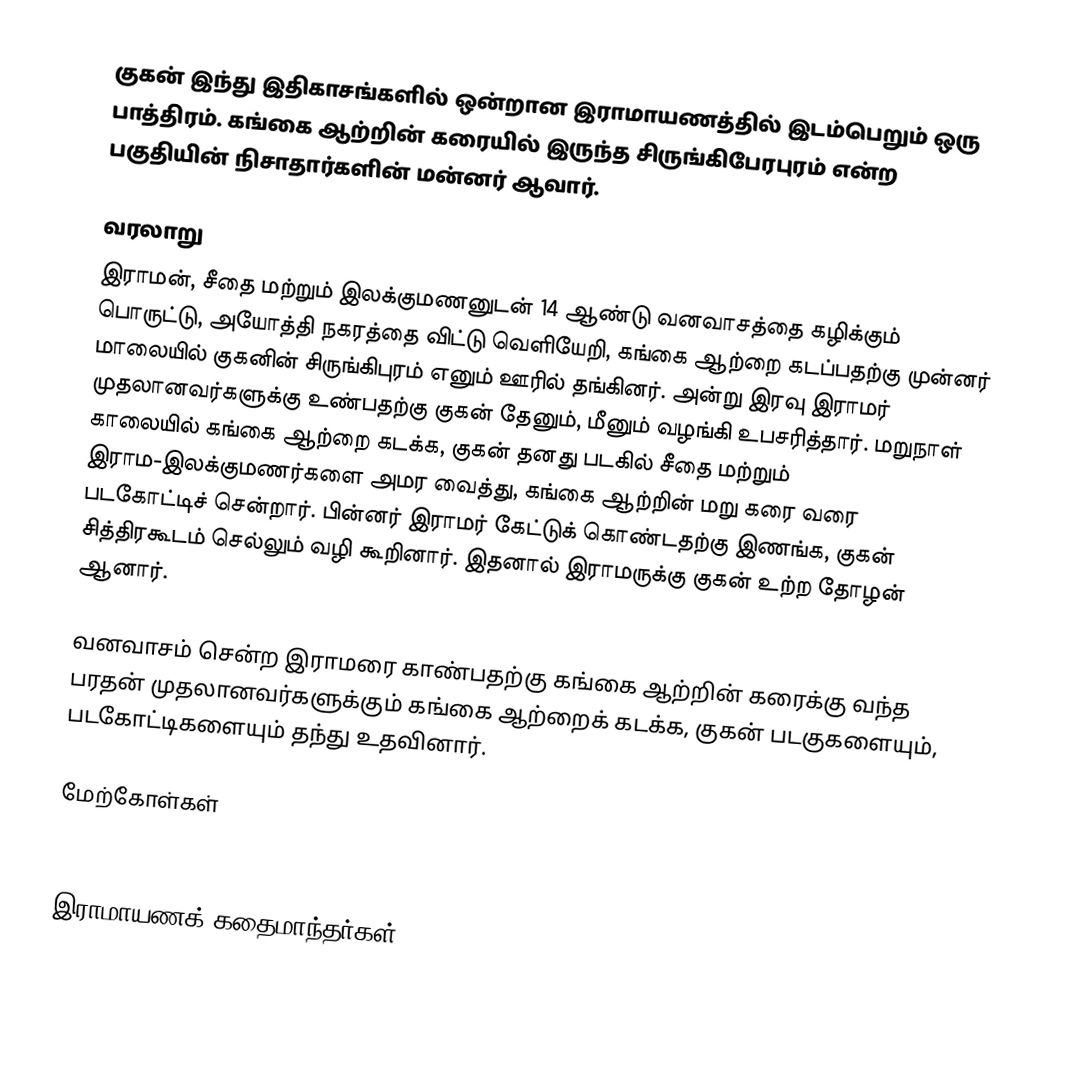
குகன் இந்து இதிகாசங்களில் ஒன்றான இராமாயணத்தில் இடம்பெறும் ஒரு பாத்திரம். கங்கை ஆற்றின் கரையில் இருந்த சிருங்கிபேரபுரம்  என்ற பகுதியின்  நிசாதார்களின்  மன்னர் ஆவார்.

வரலாறு
இராமன், சீதை மற்றும் இலக்குமணனுடன் 14 ஆண்டு  வனவாசத்தை கழிக்கும் பொருட்டு, அயோத்தி நகரத்தை விட்டு வெளியேறி, கங்கை ஆற்றை கடப்பதற்கு முன்னர் மாலையில்  குகனின் சிருங்கிபுரம் எனும் ஊரில் தங்கினர்.  அன்று இரவு இராமர் முதலானவர்களுக்கு உண்பதற்கு குகன் தேனும், மீனும் வழங்கி உபசரித்தார். மறுநாள் காலையில் கங்கை ஆற்றை கடக்க, குகன் தனது படகில்  சீதை மற்றும்  இராம-இலக்குமணர்களை அமர வைத்து,  கங்கை ஆற்றின் மறு கரை வரை படகோட்டிச் சென்றார். பின்னர் இராமர் கேட்டுக் கொண்டதற்கு இணங்க, குகன் சித்திரகூடம் செல்லும் வழி கூறினார்.  இதனால்  இராமருக்கு  குகன் உற்ற தோழன் ஆனார்.

வனவாசம் சென்ற இராமரை காண்பதற்கு கங்கை ஆற்றின் கரைக்கு வந்த பரதன் முதலானவர்களுக்கும் கங்கை ஆற்றைக் கடக்க, குகன் படகுகளையும், படகோட்டிகளையும் தந்து உதவினார்.

மேற்கோள்கள்

இராமாயணக் கதைமாந்தர்கள்